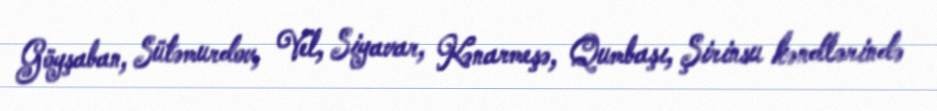
Göyşaban, Sütəmurdov, Vel, Siyavar, Kənarmeşə, Qumbaşı, Şirinsu kəndlərində